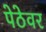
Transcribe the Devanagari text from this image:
पेठेवर